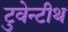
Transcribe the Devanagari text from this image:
टुवेन्टीथ